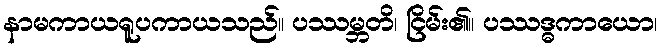
နာမကာယရူပကာယသည်။ ပဿမ္ဘတိ၊ ငြိမ်း၏။ ပဿဒ္ဓကာယော၊